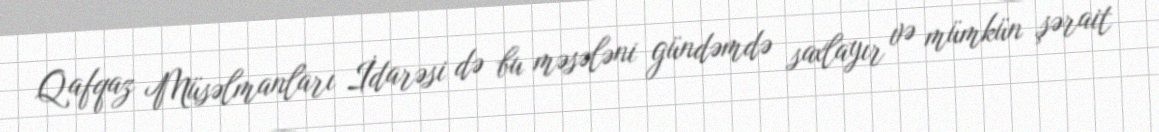
Qafqaz Müsəlmanları İdarəsi də bu məsələni gündəmdə saxlayır və mümkün şərait